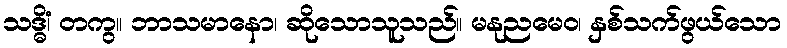
သဒ္ဓိံ၊ တကွ။ ဘာသမာနော၊ ဆိုသောသူသည်။ မနုညမေဝ၊ နှစ်သက်ဖွယ်သော